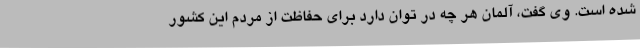
شده است. وی گفت، آلمان هر چه در توان دارد برای حفاظت از مردم این کشور